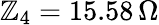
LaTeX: \mathbb{Z}_{4}=15.58\, \Omega